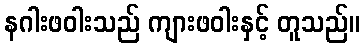
နဂါးဖဝါးသည် ကျားဖဝါးနှင့် တူသည်။